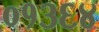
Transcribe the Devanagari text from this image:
०१३६४